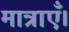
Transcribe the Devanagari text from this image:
मात्राएँ।